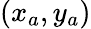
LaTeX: (x_{a},y_{a})